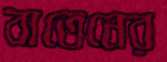
বাতেনের